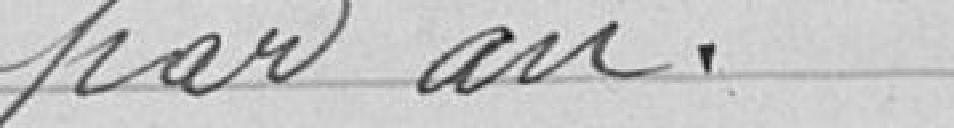
par an.